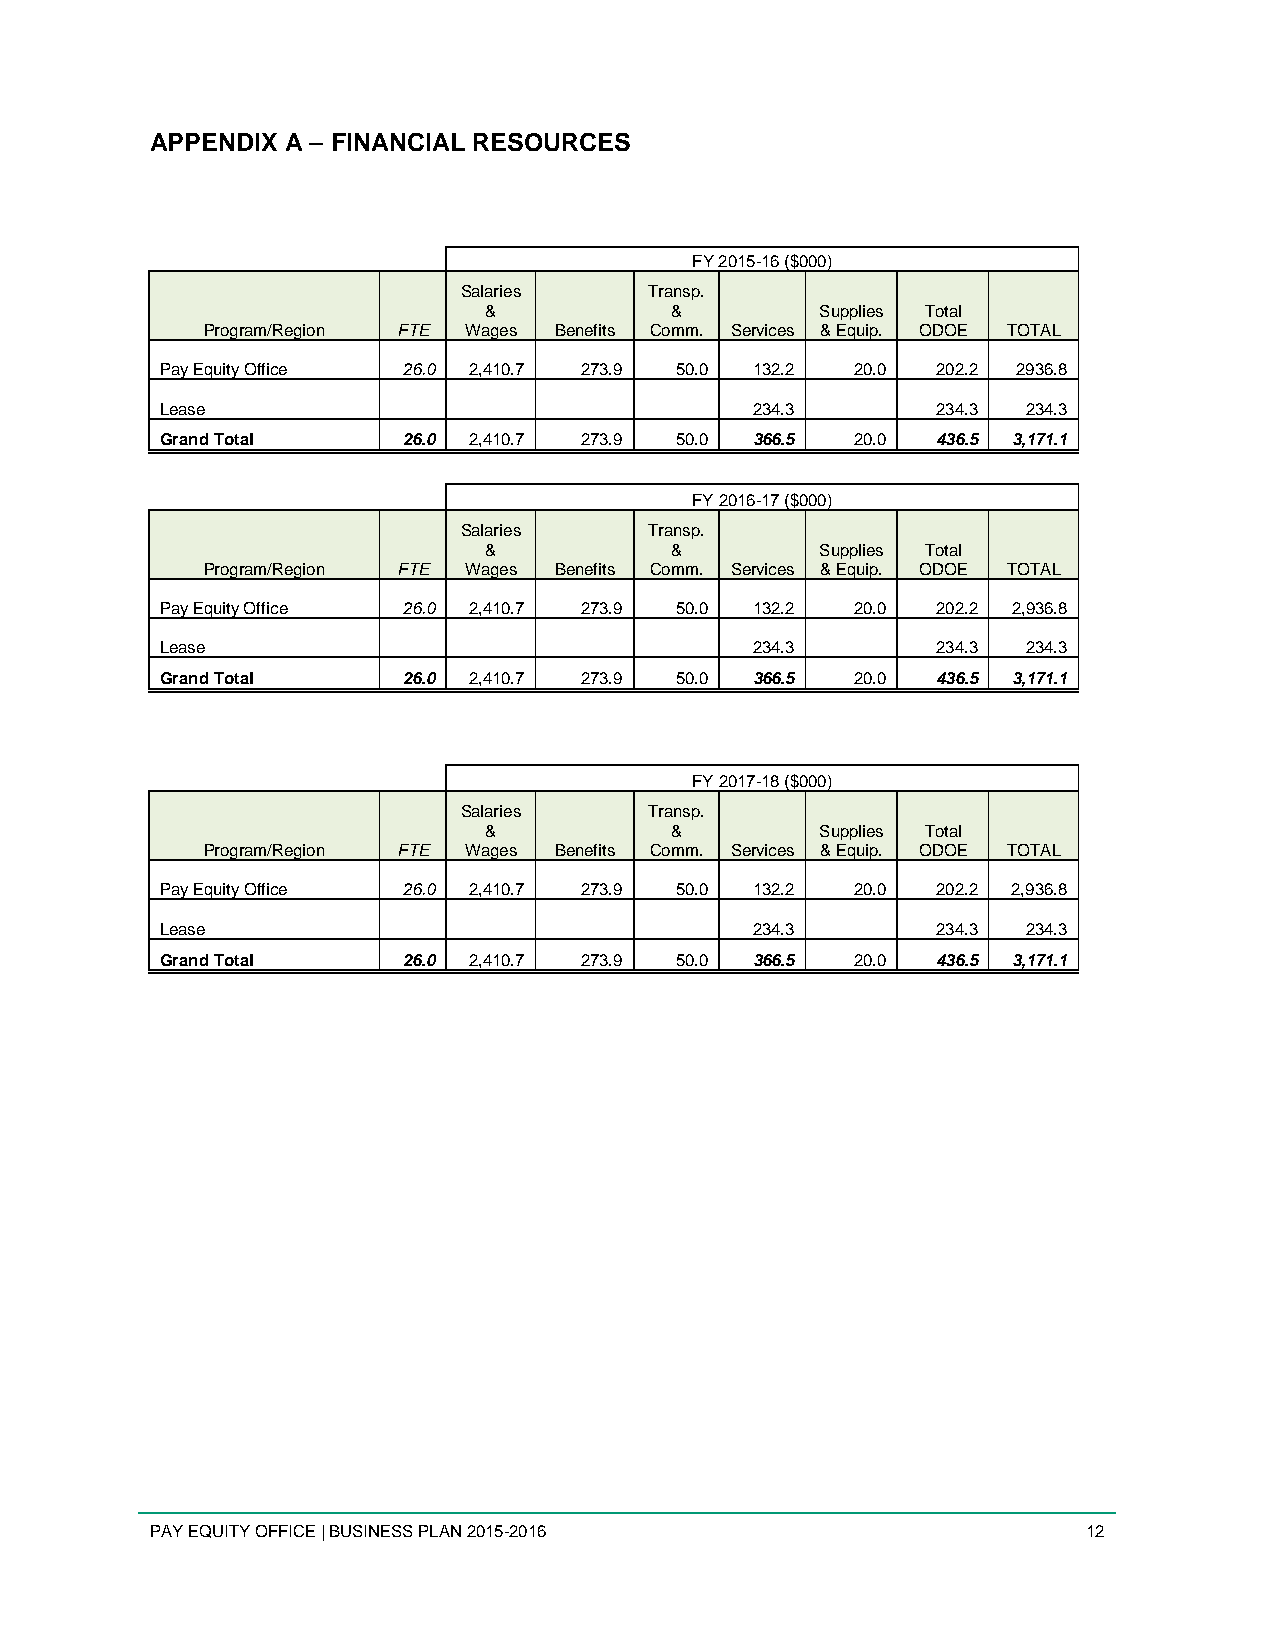
APPENDIX A – FINANCIAL RESOURCES
 FY 2015-16 ($000)
 Salaries    Transp.
 &           &         Supplies Total
 Program/Region FTE Wages Benefits Comm. Services & Equip. ODOE TOTAL
 Pay Equity Office 26.0 2,410.7 273.9 50.0 132.2 20.0 202.2 2936.8
 Lease                                  234.3       234.3 234.3
 Grand Total     26.0 2,410.7 273.9 50.0 366.5 20.0 436.5 3,171.1
 FY 2016-17 ($000)
 Salaries    Transp.
 &           &         Supplies Total
 Program/Region FTE Wages Benefits Comm. Services & Equip. ODOE TOTAL
 Pay Equity Office 26.0 2,410.7 273.9 50.0 132.2 20.0 202.2 2,936.8
 Lease                                  234.3       234.3 234.3
 Grand Total     26.0 2,410.7 273.9 50.0 366.5 20.0 436.5 3,171.1
 FY 2017-18 ($000)
 Salaries    Transp.
 &           &         Supplies Total
 Program/Region FTE Wages Benefits Comm. Services & Equip. ODOE TOTAL
 Pay Equity Office 26.0 2,410.7 273.9 50.0 132.2 20.0 202.2 2,936.8
 Lease                                  234.3       234.3 234.3
 Grand Total     26.0 2,410.7 273.9 50.0 366.5 20.0 436.5 3,171.1
 PAY EQUITY OFFICE | BUSINESS PLAN 2015-2016                   12